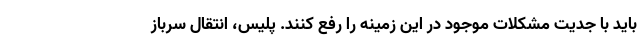
باید با جدیت مشکلات موجود در این زمینه را رفع کنند. پلیس، انتقال سرباز